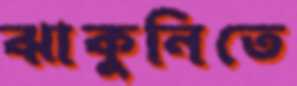
ঝাকুনিতে